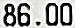
86.00